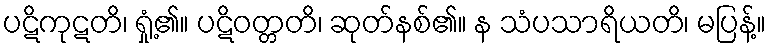
ပဋိကုဋတိ၊ ရှုံ့၏။ ပဋိဝတ္တတိ၊ ဆုတ်နစ်၏။ န သံပသာရိယတိ၊ မပြန့်။